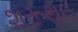
શરૂથઇ